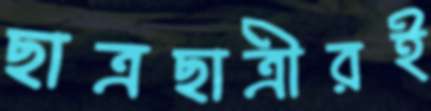
ছাত্রছাত্রীরই